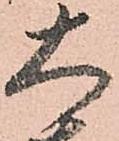
大